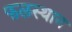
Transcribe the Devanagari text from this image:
फलस्थान